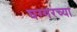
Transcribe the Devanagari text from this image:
घग्गरच्या